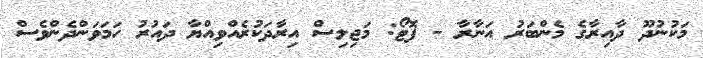
މަކުނުދޫ ދާއިރާގެ މެންބަރު އަނާރާ - ފޮޓޯ: މަޖިލިސް އިރާދަކުރެއްވިއްޔާ ދައުރު ހަމަވަންދެންވެސް